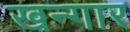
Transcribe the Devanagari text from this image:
खन्गार